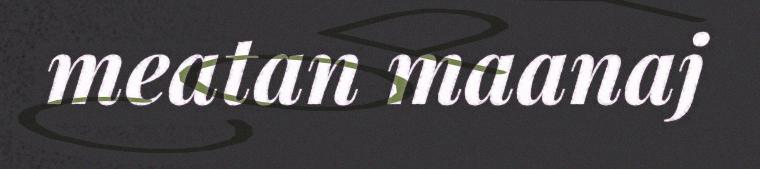
meatan maanaj